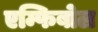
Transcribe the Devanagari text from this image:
एम्फिबोल